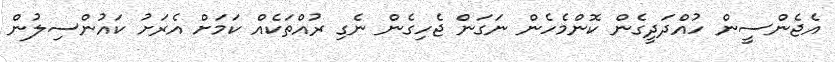
އެޖެންސީން ހުއްދަދީގެން ކޮންމެހެން ނަގަން ޖެހިގެން ނެގި ރުއްތަކެއް ކަމަށް އެރަށު ކައުންސިލުން